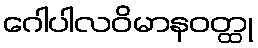
ဂေါပါလဝိမာနဝတ္ထု